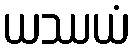
ယဿယံ